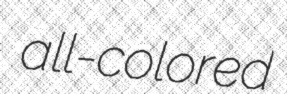
all-colored